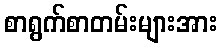
စာရွက်စာတမ်းများအား